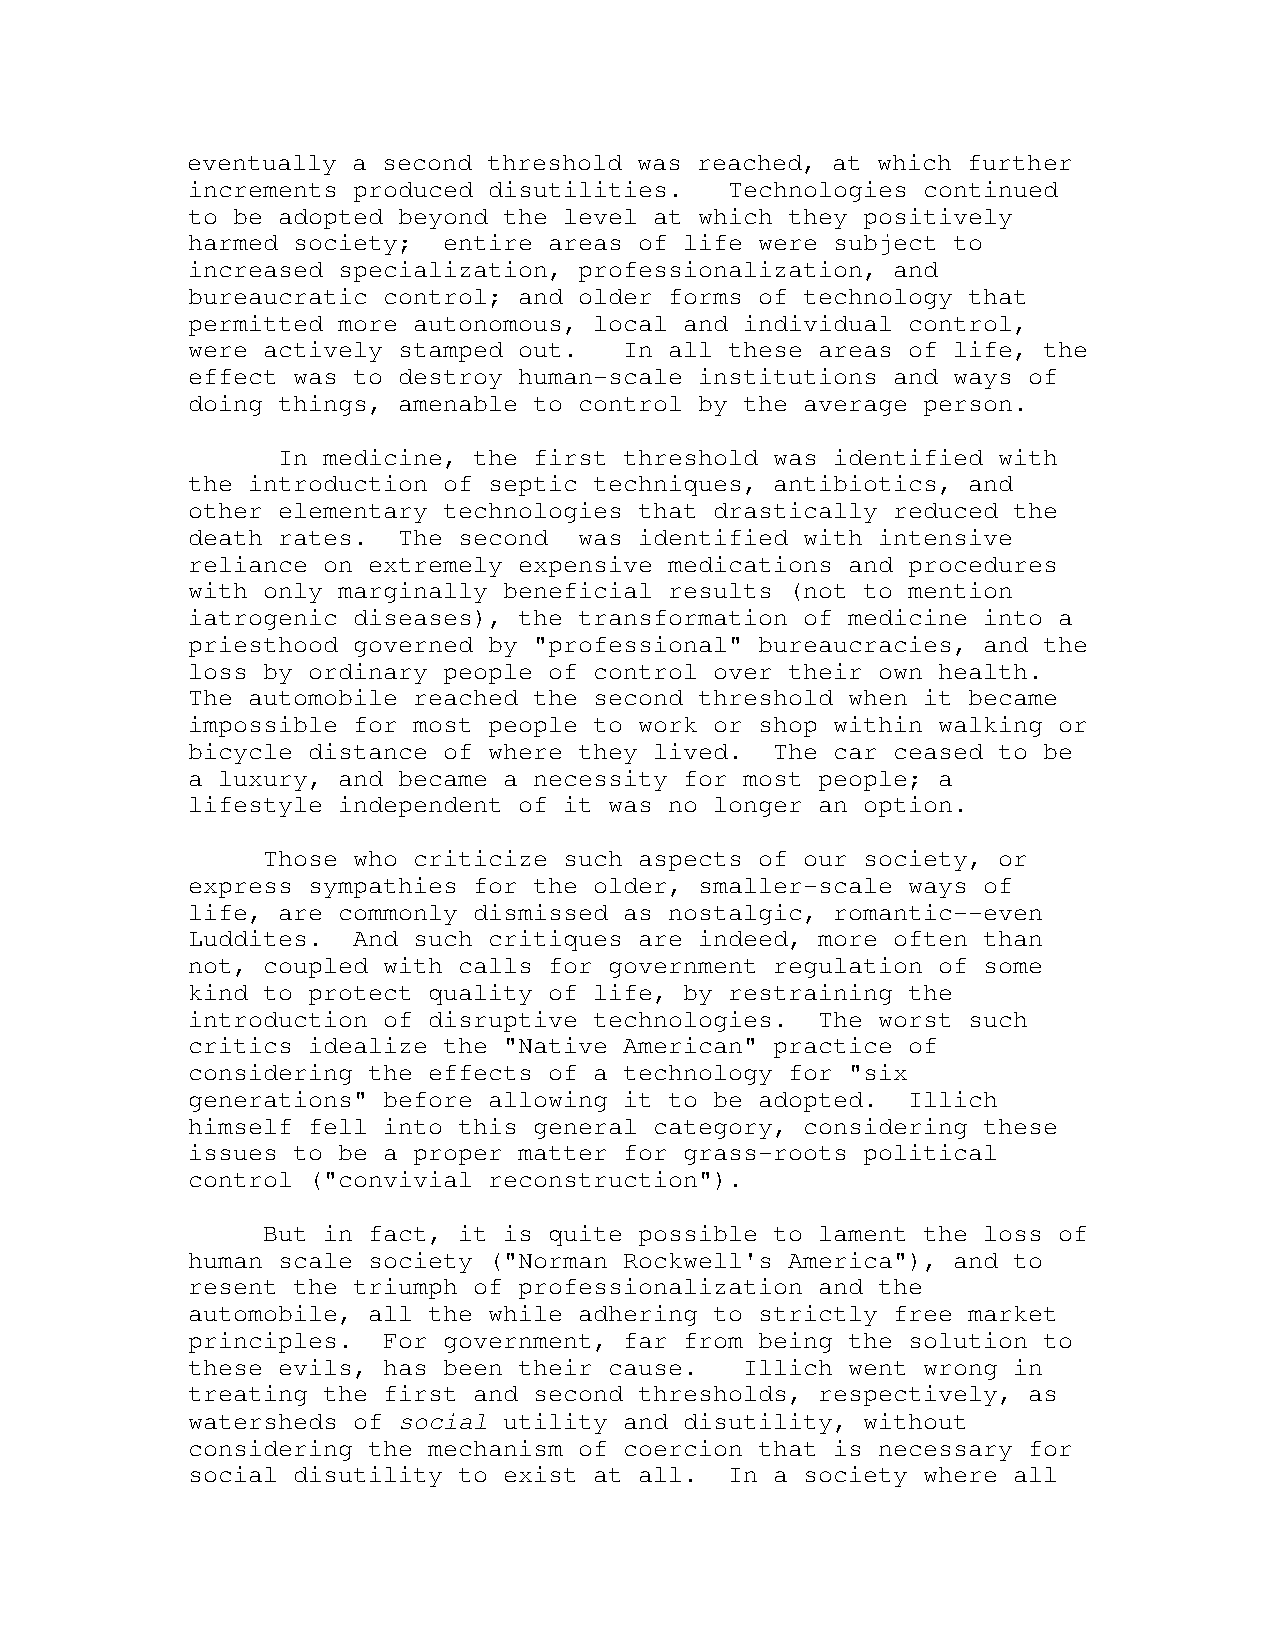
eventually a second threshold was reached, at which further
 increments produced disutilities.   Technologies continued
 to be adopted beyond the level at which they positively
 harmed society;  entire areas of life were subject to
 increased specialization, professionalization, and
 bureaucratic control; and older forms of technology that
 permitted more autonomous, local and individual control,
 were actively stamped out.   In all these areas of life, the
 effect was to destroy human-scale institutions and ways of
 doing things, amenable to control by the average person.
 In medicine, the first threshold was identified with
 the introduction of septic techniques, antibiotics, and
 other elementary technologies that drastically reduced the
 death rates.  The second  was identified with intensive
 reliance on extremely expensive medications and procedures
 with only marginally beneficial results (not to mention
 iatrogenic diseases), the transformation of medicine into a
 priesthood governed by "professional" bureaucracies, and the
 loss by ordinary people of control over their own health.
 The automobile reached the second threshold when it became
 impossible for most people to work or shop within walking or
 bicycle distance of where they lived.  The car ceased to be
 a luxury, and became a necessity for most people; a
 lifestyle independent of it was no longer an option.
 Those who criticize such aspects of our society, or
 express sympathies for the older, smaller-scale ways of
 life, are commonly dismissed as nostalgic, romantic--even
 Luddites.  And such critiques are indeed, more often than
 not, coupled with calls for government regulation of some
 kind to protect quality of life, by restraining the
 introduction of disruptive technologies.  The worst such
 critics idealize the "Native American" practice of
 considering the effects of a technology for "six
 generations" before allowing it to be adopted.  Illich
 himself fell into this general category, considering these
 issues to be a proper matter for grass-roots political
 control ("convivial reconstruction").
 But in fact, it is quite possible to lament the loss of
 human scale society ("Norman Rockwell's America"), and to
 resent the triumph of professionalization and the
 automobile, all the while adhering to strictly free market
 principles.  For government, far from being the solution to
 these evils, has been their cause.   Illich went wrong in
 treating the first and second thresholds, respectively, as
 watersheds of social utility and disutility, without
 considering the mechanism of coercion that is necessary for
 social disutility to exist at all.  In a society where all